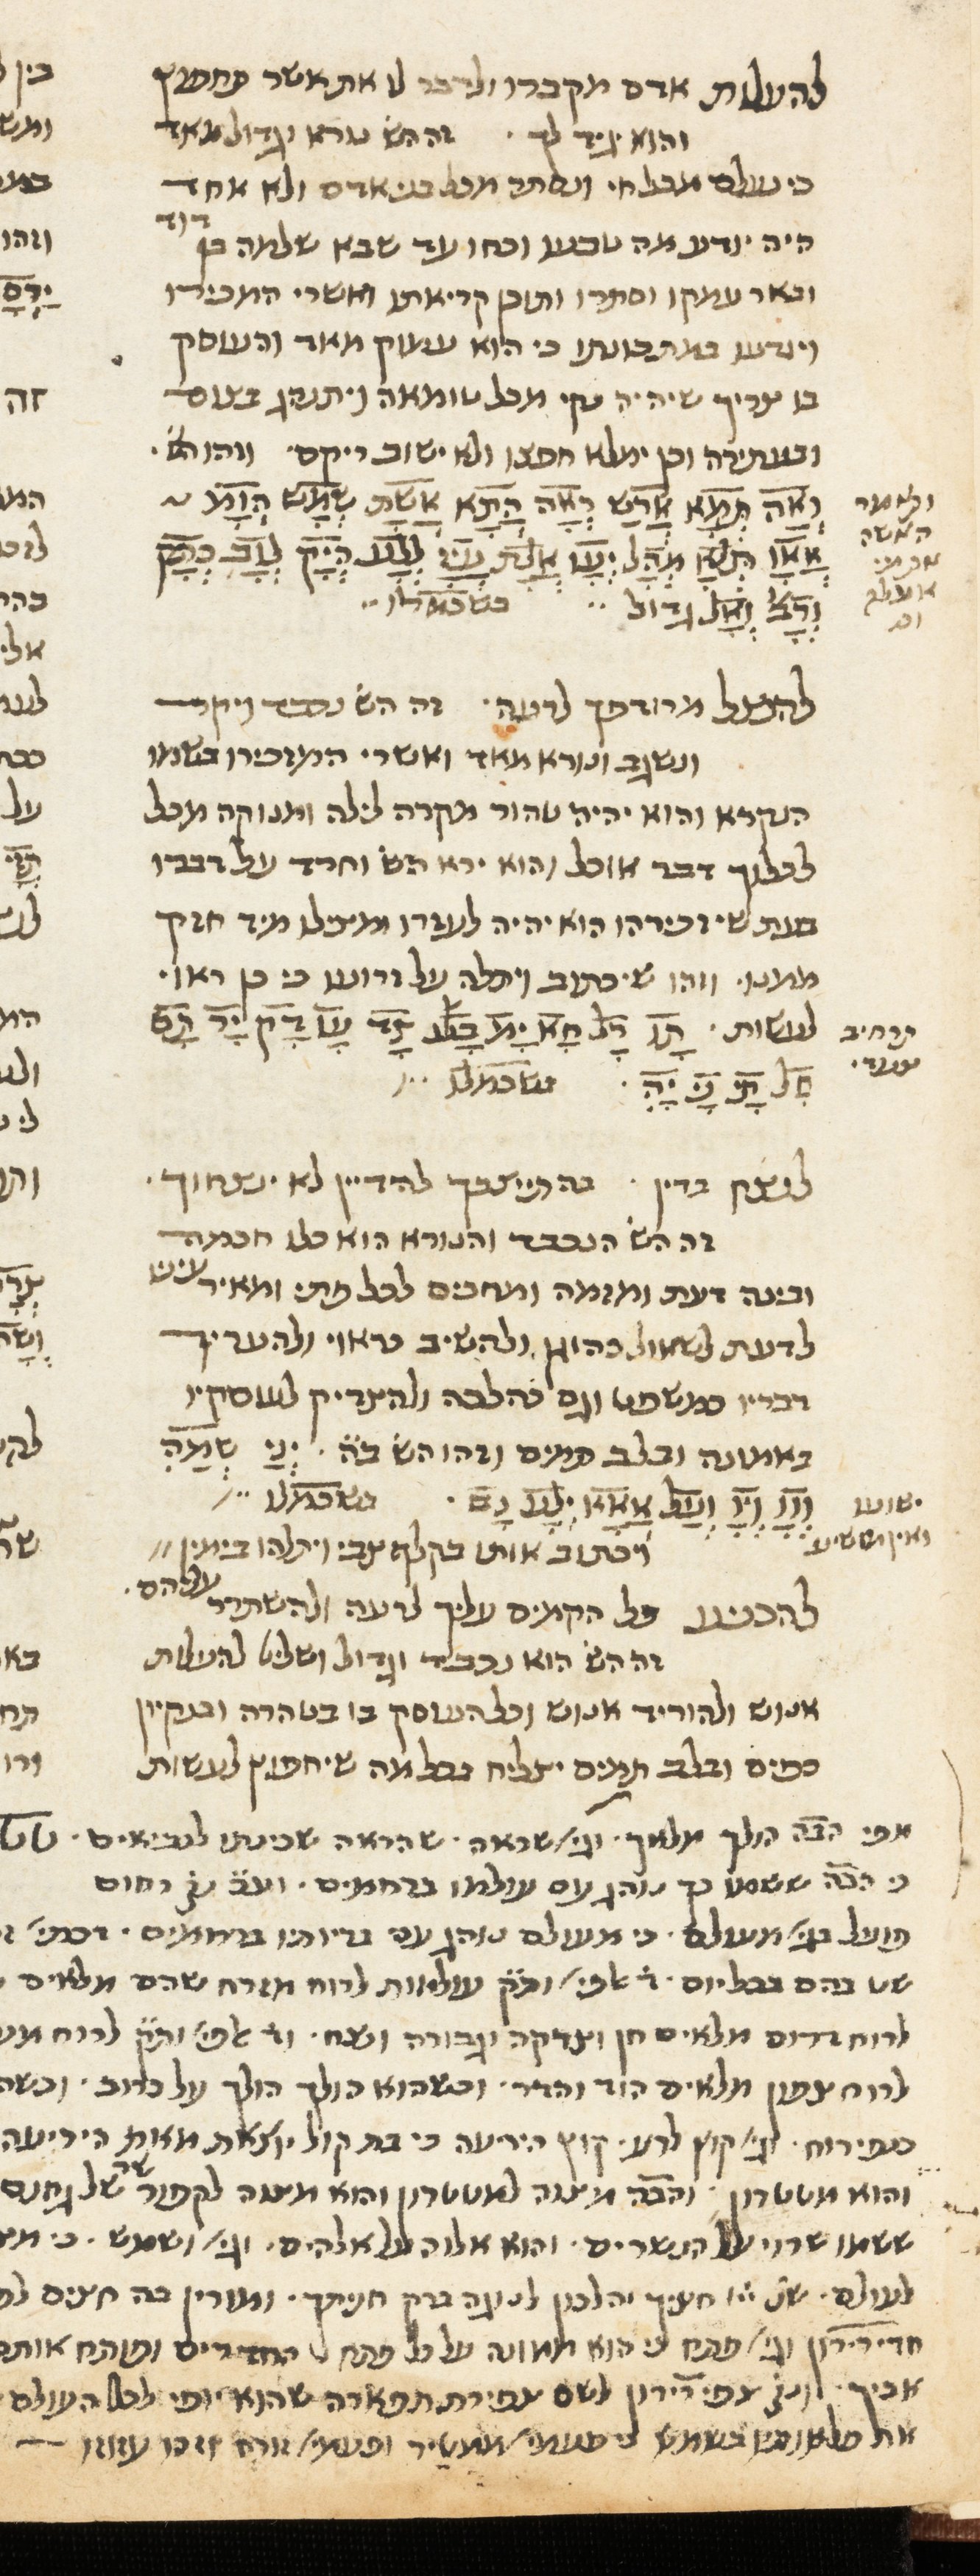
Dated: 1400–1799